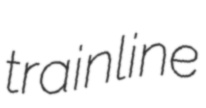
trainline